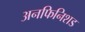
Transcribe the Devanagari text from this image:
अनफिनिशड